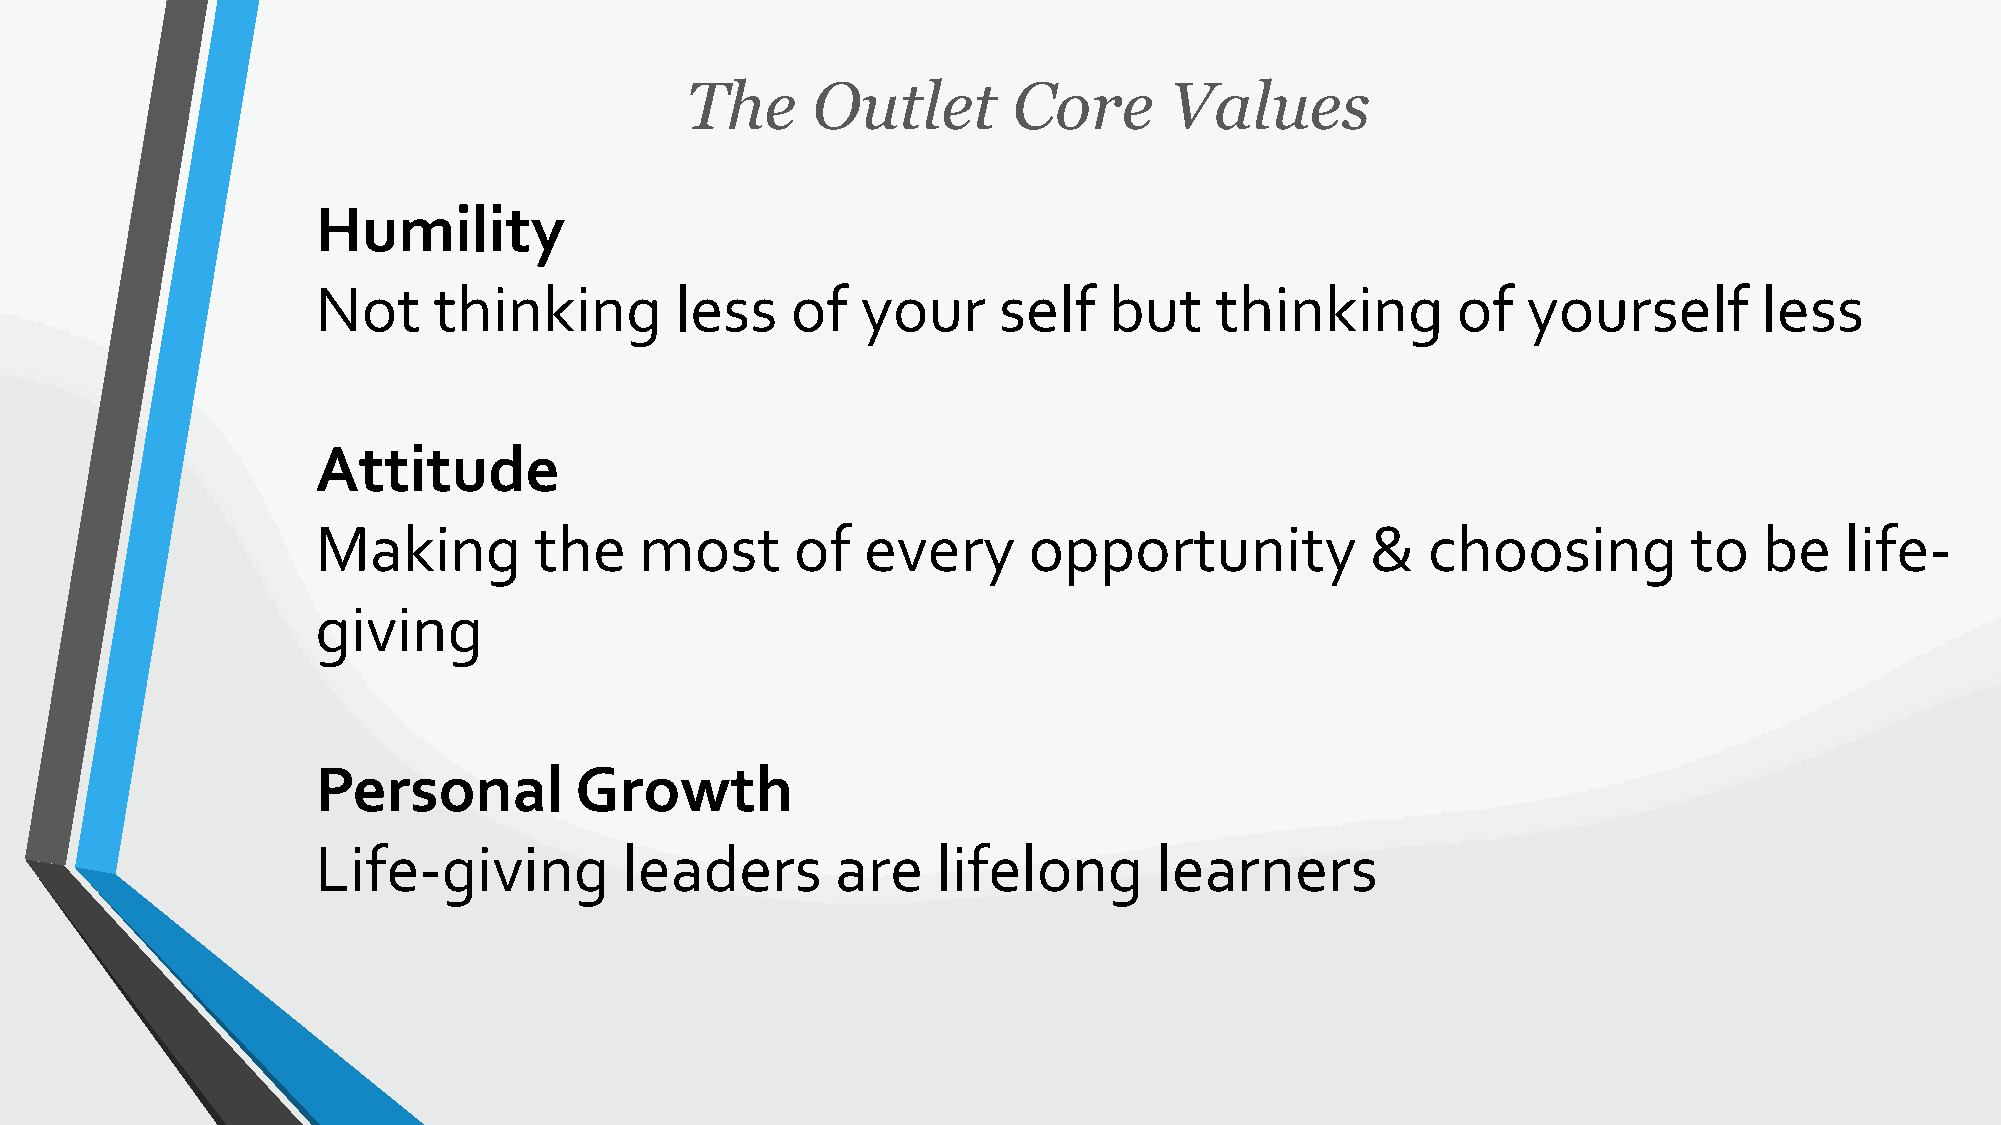
The      Outlet       Core      Values
 Humility
 Not     thinking        less   of   your     self   but    thinking        of   yourself        less
 Attitude
 Making        the    most       of  every      opportunity            &  choosing          to   be   life-
 giving
 Personal         Growth
 Life-giving         leaders       are    lifelong       learners